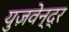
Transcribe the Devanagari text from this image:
युज़वेन्द्र